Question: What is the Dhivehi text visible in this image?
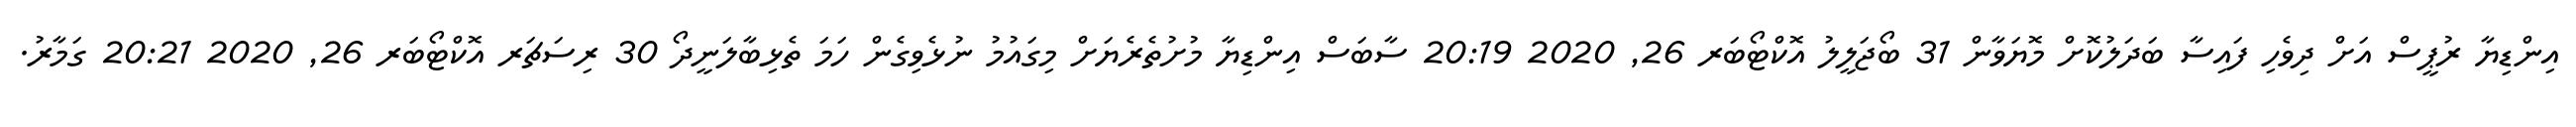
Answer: އިންޑިޔާ ރުޕީސް އަށް ދިވެހި ފައިސާ ބަދަލުކޮށް މޮޔަވާން 31 ބޯޖަލީލު އޮކްޓޯބަރ 26, 2020 20:19 ސާބަސް އިންޑިޔާ މުށުތެރެޔަށް މިގައުމު ނުޅެވިގެން ހަމަ ތެޅިބާލަނީދޯ 30 ރިސަޗަރ އޮކްޓޯބަރ 26, 2020 20:21 ގަމާރު.